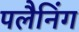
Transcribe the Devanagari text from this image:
पलैनिंग